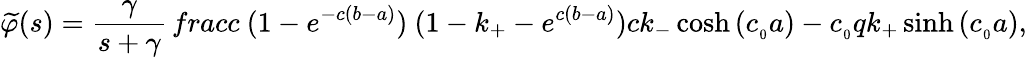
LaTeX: {\widetilde{\varphi}}(s)=\frac{\gamma}{s+\gamma}\, frac{c\ (1-e^{-c(b-a)})\ (1-k_{+}-e^{c(b-a)})}{ck_{-}\cosh{(c_{_0}a)}-c_{_0}qk_{+}\sinh{(c_{_0}a)}},